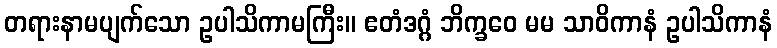
တရားနာမပျက်သော ဥပါသိကာမကြီး။ ဧတံဒဂ္ဂံ ဘိက္ခဝေ မမ သာဝိကာနံ ဥပါသိကာနံ